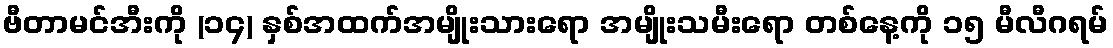
ဗီတာမင်အီးကို (၁၄) နှစ်အထက်အမျိုးသားရော အမျိုးသမီးရော တစ်နေ့ကို ၁၅ မီလီဂရမ်